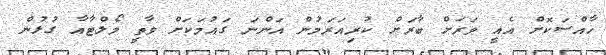
ހާއްސަކޮށް އެއީ ވަރަށް ބާރަށް ކުރިއަރަމުން އަންނަ ގައުމަކަށް ވާތީ މޯލްޓާއާ ގުޅުން